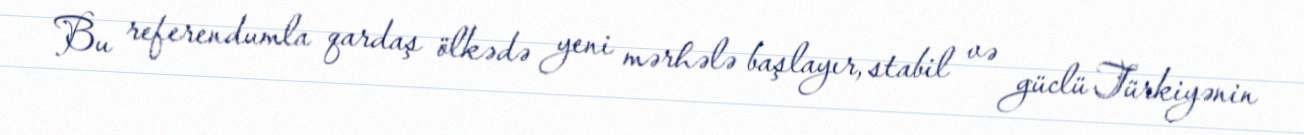
Bu referendumla qardaş ölkədə yeni mərhələ başlayır, stabil və güclü Türkiyənin